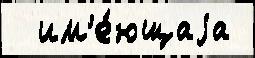
  им'е́ющаjа